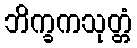
ဘိက္ခကသုတ္တံ